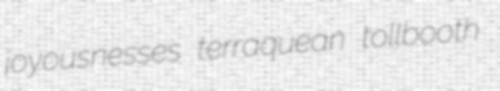
joyousnesses terraquean tollbooth